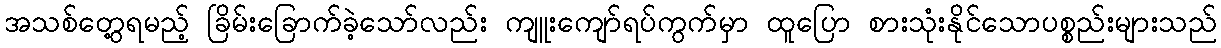
အသစ်တွေ့ရမည့် ခြိမ်းခြောက်ခဲ့သော်လည်း ကျူးကျော်ရပ်ကွက်မှာ ထူပြော စားသုံးနိုင်သောပစ္စည်းများသည်